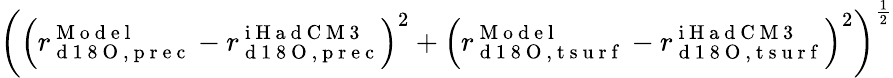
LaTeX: \left(\left(r_{\mathrm{~d~1~8~O~,~p~r~e~c~}}^{\mathrm{~M~o~d~e~l~}}-r_{\mathrm{~d~1~8~O~,~p~r~e~c~}}^{\mathrm{~i~H~a~d~C~M~3~}}\right)^{2}+\left(r_{\mathrm{~d~1~8~O~,~t~s~u~r~f~}}^{\mathrm{~M~o~d~e~l~}}-r_{\mathrm{~d~1~8~O~,~t~s~u~r~f~}}^{\mathrm{~i~H~a~d~C~M~3~}}\right)^{2}\right)^{\frac{1}{2}}